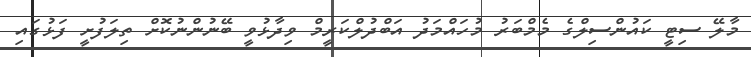
މާލޭ ސިޓީ ކައުންސިލްގެ މެމްބަރު މުހައްމަދު އަބްދުލްކަރީމް ވިދާޅުވީ ބޭނުންނުކޮށް ތިލަފުށީ ފަޅުގައި